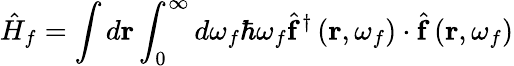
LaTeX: \hat{H}_{f}=\int d\mathbf{r}\int_{0}^{\infty}d\omega_{f}\hbar\omega_{f}\hat{\mathbf{f}}^{\dagger}\left(\mathbf{r},\omega_{f}\right)\cdot\hat{\mathbf{f}}\left(\mathbf{r},\omega_{f}\right)